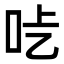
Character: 𠯡